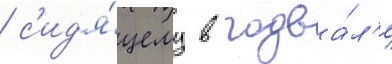
/ с'ид'я́щему в подва́л'е